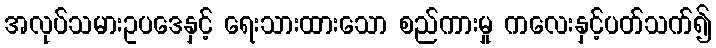
အလုပ်သမားဥပဒေနှင့် ရေးသားထားသော စည်ကားမှု ကလေးနှင့်ပတ်သက်၍